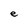
Character: e